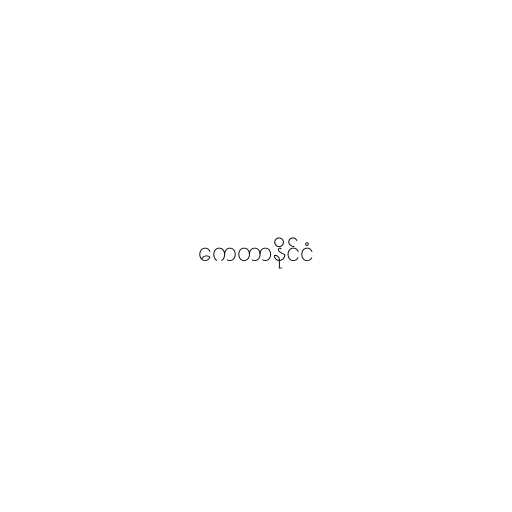
ကေတာနိုင်ငံ